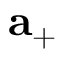
{ \bf a } _ { + }